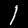
Digit: 1